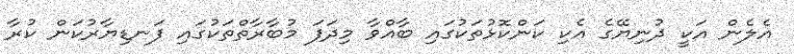
އެލެން އަކީ ދުނިޔޭގެ އެކި ކަންކޮޅުތަކުގައި ބާއްވާ މިދަފަ މުބާރާތްތަކުގައި ފަނޑިޔާރުކަން ކުރާ